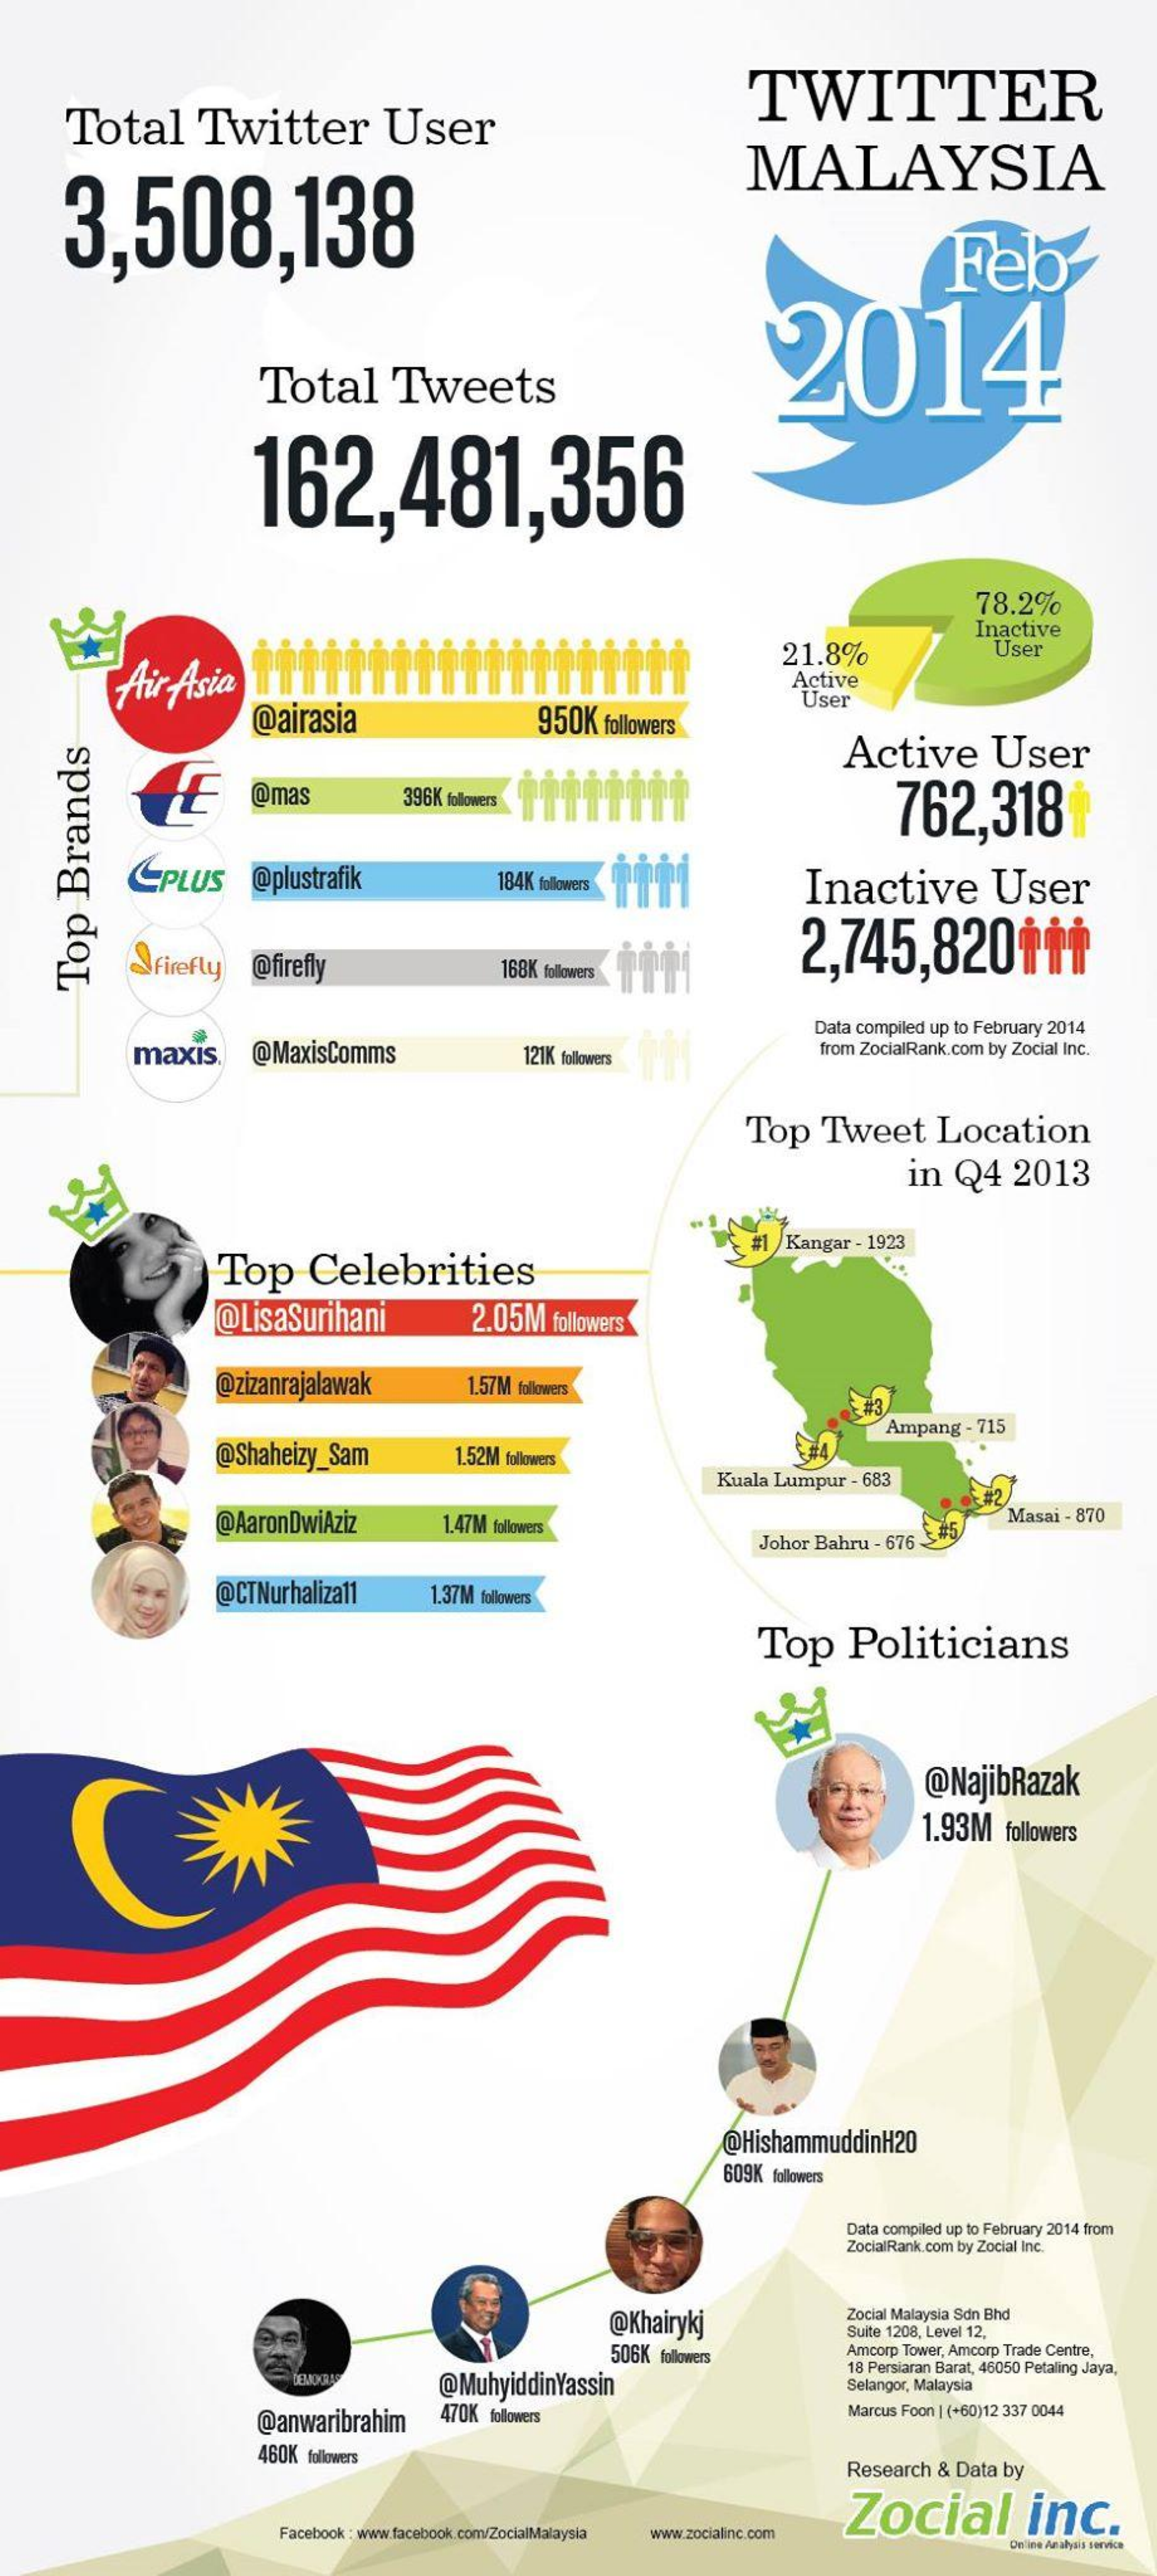
Total    Twitter    User
     TWITTER
     3,508,138
     MALAYSIA
     Feb
     2014
     Total    Tweets
     162,481,356
     78.2%
     tttt
     Inactive
     21.8%    User
     Air  Asia    Active
     @airasia    950K   followers
     User
     Active    User
     @mas    396K followers    762,3181
     CPLUS    @plustrafik    184K followers    Inactive    User
     firefly    @firefly
     2,745,82011+
     168K followers
     Top
     Brands
     maxis.    @MaxisComms
     Data compiled up to February 2014
     121K followers    from ZocialRank.com by Zocial Inc.
     Top    Tweet    Location
     in   Q4    2013
     Top    Celebrities
     & #1  Kangar  - 1923
     @LisaSurihani    2.05M    followers
     @zizanrajalawak    1.57M followers
     Ampang   - 715
     @Shaheizy_Sam    1.52M followers
     Kuala  Lumpur   - 683
     5#2
     @AaronDwiAziz    1.47M followers    Masai  - 870
     Johor Bahru  - 676-
     @CTNurhaliza11    1.37M followers
     Top    Politicians
     @NajibRazak
     1.93M    followers
     @HishammuddinH20
     609K  followers
     Data compiled up to February 2014 from
     ZocialRank.com by Zocial Inc.
     @Khairykj    Zocial Malaysia Sdn Bhd
     506K followers
     Suite 1208, Level 12,
     Amcorp Tower, Amcorp Trade Centre,
     @MuhyiddinYassin
     18 Persiaran Barat, 46050 Petaling Jaya,
     Selangor, Malaysia
     @anwaribrahim    470K  followers    Marcus Foon | (+60)12 337 0044
     460K  followers
     Research   & Data by
     Zocial    inc.
     Facebook : www.facebook.com/ZocialMalaysia www.zocialinc.com
     Dnine Analysis service